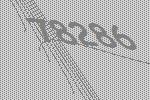
78286